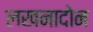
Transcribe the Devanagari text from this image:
लखनादोन